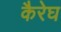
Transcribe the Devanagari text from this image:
कैरेघ